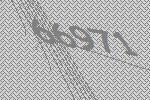
66971